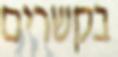
בקשרים